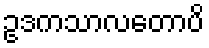
ဥဒကသာလတောပိ